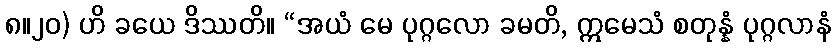
၈။၂၀) ဟိ ခယေ ဒိဿတိ။ “အယံ မေ ပုဂ္ဂလော ခမတိ, ဣမေသံ စတုန္နံ ပုဂ္ဂလာနံ